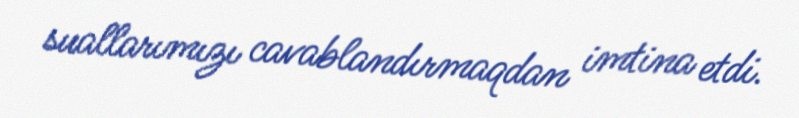
suallarımızı cavablandırmaqdan imtina etdi.